Indian journal of veterinary science and animal husbandry - Volume 14,
Year: 1944
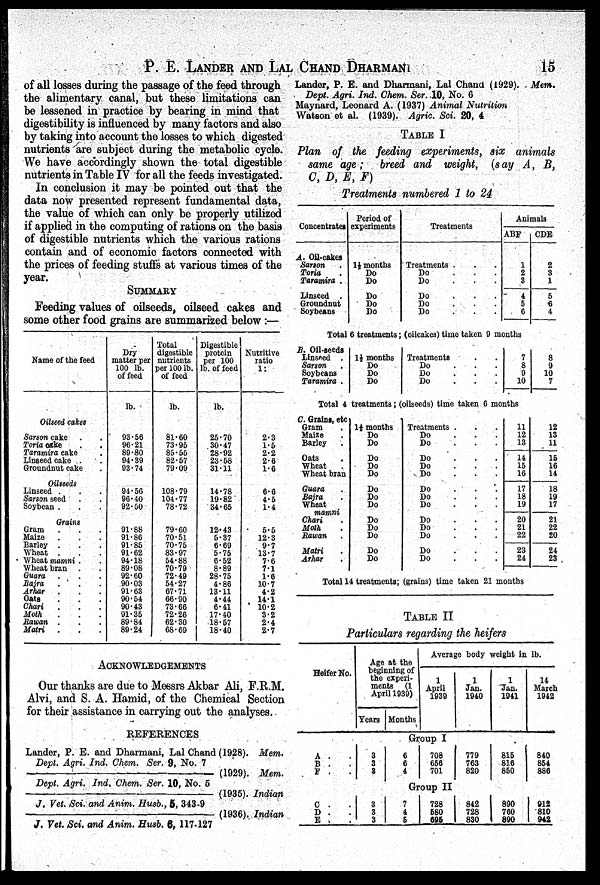
P. E. LANDER AND LAL CHAND DHARMANI 15
of all losses during the passage of the feed through
the alimentary canal, but these limitations can
be lessened in practice by bearing in mind that
digestibility is influenced by many factors and also
by taking into account the losses to which digested
nutrients are subject during the metabolic cycle.
We have accordingly shown the total digestible
nutrients in Table IV for all the feeds investigated.
In conclusion it may be pointed out that the
data now presented represent fundamental data,
the value of which can only be properly utilized
if applied in the computing of rations on the basis
of digestible nutrients which the various rations
contain and of economic factors connected with
the prices of feeding stuffs at various times of the
year.
SUMMARY
Feeding values of oilseeds, oilseed cakes and
some other food grains are summarized below:—
Name of the feed
Oilseed cakes . .
Sarson cake . .
Toria cake . .
Taramira cake . .
Linseed cake . .
Groundnut cake .
Oilseeds
Linseed . . .
Sarson seed . .
Soybean . . .
Grains
Gram
.
.
Maize . . .
Barley . . .
Wheat . . .
Wheat mamni . .
Wheat bran . .
Guara . . .
Bajra
.
. .
Arhar . . .
Oats . . .
Chari
. . .
Moth . . .
Rawan . . .
Matri . . .
Dry
matter per
100 lb.
of feed
lb.
93.56
96.21
89.80
94.39
93.74
94.56
96.40
92.50
91.88
91.86
91.85
91.62
94.18
89.08
92.60
90.03
91.63
90.54
90.43
91.35
89.84
89.24
Total
digestible
nutrients
per 100 lb.
of feed
lb.
81.60
73.95
85.55
82.57
79.09
108.79
104.77
78.72
79.60
70.51
70.75
83.97
54.88
70.79
72.49
54.27
67.71
66.90
73.66
72.26
62.30
68.69
Digestible
protein
per 100
lb. of feed
lb.
25.70
30.47
28.92
23.58
31.11
14.78
19.82
34.65
12.43
5.37
6.69
5.75
6.52
8.89
28.75
4.86
13.11
4.44
6.41
17.40
18.57
18.40
Nutritive
ratio
1:
2.3
1.5
2.2
2.6
1.6
6.6
4.5
1.4
5.5
12.3
9.7
13.7
7.6
7.1
1.6
10.7
4.2
14.1
10.2
3.2
2.4
2.7
ACKNOWLEDGEMENTS
Our thanks are due to Messrs Akbar Ali, F.R.M.
Alvi, and S. A. Hamid, of the Chemical Section
for their assistance in carrying out the analyses.
REFERENCES
Lander, P. E. and Dharmani, Lal Chand (1928). Mem.
Dept. Agri. Ind. Chem. Ser. 9, No. 7
—(1929).
Mem.
Dept. Agri. Ind. Chem. Ser. 10, No. 5
—(1935).
Indian
J. Vet. Sci. and Anim. Husb., 5, 343-9
—(1936).
Indian
J. Vet. Sci. and Anim. Husb. 6, 117-127
Lander, P. E. and Dharmani, Lal Chand (1929). . Mem.
Dept. Agri. Ind. Chem. Ser. .10, No. 6
Maynard, Leonard A. (1937) Animal Nutrition
Watson et al. (1939). Agric. Sci. 20, 4
TABLE I
Plan of the feeding experiments, six animals
same age; breed and weight, (say A, B,
C, D, E, F)
Treatments numbered 1 to 24
Concentrates
A. Oil-cakes
Sarson .
Toria .
Taramira .
Linseed .
Groundnut
Soybeans
Period of
experiments
1½ months
Do
Do
Do
Do
Do
Treatments
Treatments . . .
Do . . .
Do . . .
Do . . .
Do . . .
Do . . .
Animals
ABF
1
2
3
4
5
6
CDE
2
3
1
5
6
4
Total 6 treatments; (oilcakes) time taken 9 months
B. Oil-seeds
Linseed .
Sarson .
Soybeans
Taramira .
1½ months
Do
Do
Do
Treatments . .
Do . . .
Do . . .
Do . . .
7
8
9
10
.
8
9
10
7
Total 4 treatments; (oilseeds) time taken 6 months
C. Grains, etc
Gram .
Maize .
Barley .
Oats .
Wheat .
Wheat bran
Guara .
Bajra .
Wheat
mamni
Chari .
Moth .
Rawan .
Matri .
Arhar .
1½ months
Do
Do
Do
Do
Do
Do
Do
Do
Do
Do
Do
Do
Do
Treatments . . .
Do . . .
Do . . .
Do . . .
Do . . .
Do . . .
Do . . .
Do . . .
Do . . .
Do . . .
Do . . .
Do . . .
Do . . .
Do . . .
11
12
13
14
15
16
17
18
19
20
21
22
23
24
12
13
11
15
16
14
18
19
17
21
22
20
24
23
Total 14 treatments; (grains) time taken 21 months
TABLE II
Particulars regarding the heifers
Heifer No.
A . .
B . .
F . .
C . .
D . .
E . .
Age at the
beginning of
the experi-
ments
(1
April 1939)
Years Months
Average body weight in lb.
1
April
1939
1
Jan.
1940
1
Jan.
1941
14
March
1942
Group I
3
3
3
6
6
4
708
656
701
779
763
820
815
816
850
840
854
886
Group II
3
3
3
7
4
5
728
580
005
842
728
830
890
760
890
912
810
942